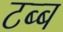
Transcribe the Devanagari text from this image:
टब्ब